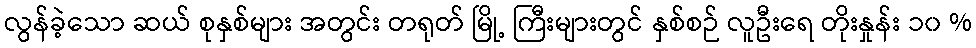
လွန်ခဲ့သော ဆယ် စုနှစ်များ အတွင်း တရုတ် မြို့ ကြီးများတွင် နှစ်စဉ် လူဦးရေ တိုးနှုန်း ၁၀ %